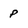
Character: P